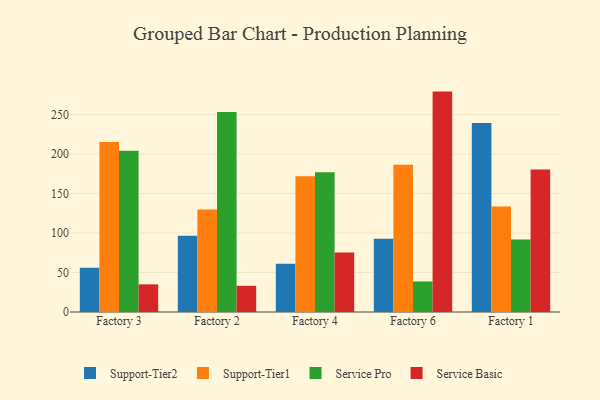
{"axis": {"x": "Factory", "y": "Page Views"}, "legend": ["Service Basic", "Service Pro", "Support-Tier1", "Support-Tier2"], "data": [{"x": "Factory 3", "y": 56.1, "type": "Support-Tier2"}, {"x": "Factory 3", "y": 215.3, "type": "Support-Tier1"}, {"x": "Factory 3", "y": 204.2, "type": "Service Pro"}, {"x": "Factory 3", "y": 35.0, "type": "Service Basic"}, {"x": "Factory 2", "y": 96.5, "type": "Support-Tier2"}, {"x": "Factory 2", "y": 129.8, "type": "Support-Tier1"}, {"x": "Factory 2", "y": 253.3, "type": "Service Pro"}, {"x": "Factory 2", "y": 33.2, "type": "Service Basic"}, {"x": "Factory 4", "y": 61.1, "type": "Support-Tier2"}, {"x": "Factory 4", "y": 171.8, "type": "Support-Tier1"}, {"x": "Factory 4", "y": 177.1, "type": "Service Pro"}, {"x": "Factory 4", "y": 75.4, "type": "Service Basic"}, {"x": "Factory 6", "y": 92.7, "type": "Support-Tier2"}, {"x": "Factory 6", "y": 186.5, "type": "Support-Tier1"}, {"x": "Factory 6", "y": 38.7, "type": "Service Pro"}, {"x": "Factory 6", "y": 279.1, "type": "Service Basic"}, {"x": "Factory 1", "y": 239.2, "type": "Support-Tier2"}, {"x": "Factory 1", "y": 133.6, "type": "Support-Tier1"}, {"x": "Factory 1", "y": 91.7, "type": "Service Pro"}, {"x": "Factory 1", "y": 180.4, "type": "Service Basic"}]}